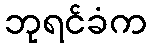
ဘုရင်ခံက